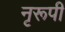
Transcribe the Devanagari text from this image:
नृरूपी